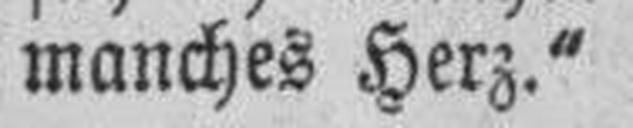
manches Herz."